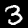
Label: 3